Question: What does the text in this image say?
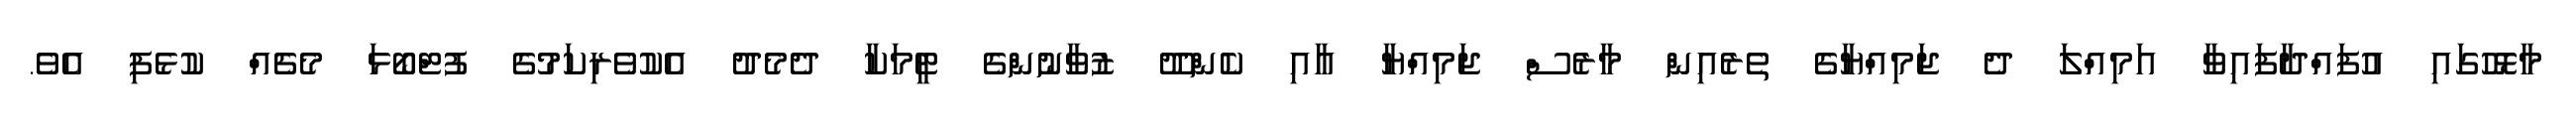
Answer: މާޅޮހުގައި އުފައްދާފައިވާ އަމިއްލަ ދެ ޖަމިއްޔާގެ ތެރެއިން މާރެސް ޖަމިއްޔާ އާއި ކެންދޫ ޒުވާނުންގެ ޓީމަކާ ދެމެދު އެކުވެރިކަމުގެ ފުޓްބޯޅަ މެޗެއް ކުޅެފި އެވެ.